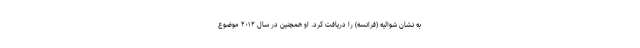
به نشان شوالیه (فرانسه) را دریافت کرد. او همچنین در سال ۲۰۱۴ موضوع